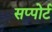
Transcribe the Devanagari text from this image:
सप्पोर्ट